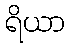
ရိယာ